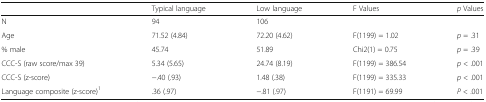
<table><thead><tr><td></td><td><b>Typical language</b></td><td><b>Low language</b></td><td><b>F Values</b></td><td><b><i>p</i> Values</b></td></tr></thead><tbody><tr><td>N</td><td>94</td><td>106</td><td></td><td></td></tr><tr><td>Age</td><td>71.52 (4.84)</td><td>72.20 (4.62)</td><td>F(1199) = 1.02</td><td><i>p</i> = .31</td></tr><tr><td>% male</td><td>45.74</td><td>51.89</td><td>Chi2(1) = 0.75</td><td><i>p</i> = .39</td></tr><tr><td>CCC-S (raw score/max 39)</td><td>5.34 (5.65)</td><td>24.74 (8.19)</td><td>F(1199) = 386.54</td><td><i>p</i> &lt; .001</td></tr><tr><td>CCC-S (z-score)</td><td>−.40 (.93)</td><td>1.48 (.38)</td><td>F(1199) = 335.33</td><td><i>p</i> &lt; .001</td></tr><tr><td>Language composite (z-score)<sup>1</sup></td><td>.36 (.97)</td><td>−.81 (.97)</td><td>F(1191) = 69.99</td><td><i>P</i> &lt; .001</td></tr></tbody></table>